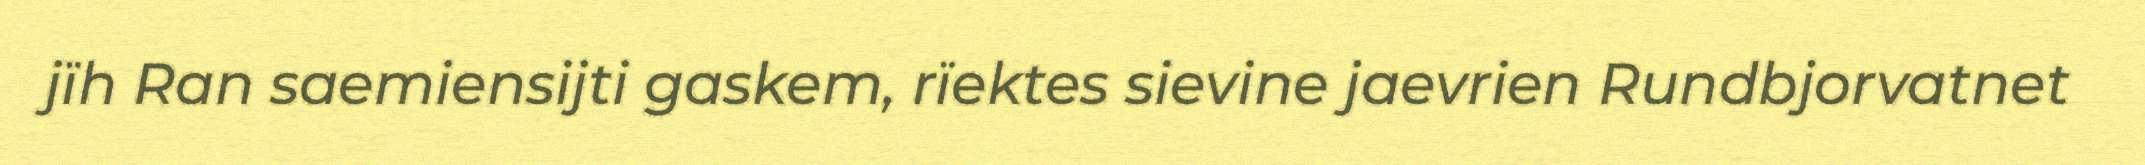
jïh Ran saemiensijti gaskem, rïektes sievine jaevrien Rundbjorvatnet